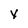
Character: y